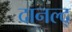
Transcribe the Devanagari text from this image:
दानल्द्